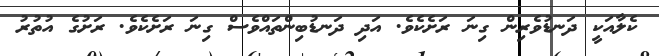
ކެލާއަކީ ދަނޑުވެރިން ގިނަ ރަށެކެވެ. އަދި ދަނޑުބިންތައްވެސް ގިނަ ރަށެކެވެ. ރަށުގެ އުތުރު